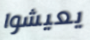
يعيشوا